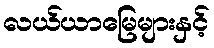
လယ်ယာမြေများနှင့်